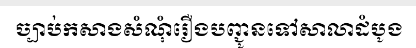
ច្បាប់កសាងសំណុំរឿងបញ្ជូនទៅសាលាដំបូង